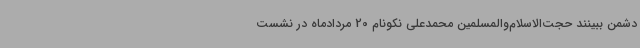
دشمن ببینند حجت‌الاسلام‌والمسلمین محمدعلی نکونام 20 مردادماه در نشست